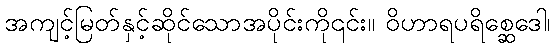
အကျင့်မြတ်နှင့်ဆိုင်သောအပိုင်းကို၎င်း။ ဝိဟာရပရိစ္ဆေဒေါ၊